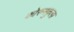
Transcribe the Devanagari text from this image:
कोरुनकुला